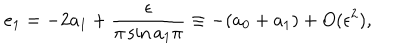
e _ { 1 } = - 2 a _ { 1 } + \frac { \epsilon } { \pi \sin a _ { 1 } \pi } \equiv - ( a _ { 0 } + a _ { 1 } ) + O ( \epsilon ^ { 2 } ) ,